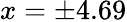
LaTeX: x=\pm 4.69